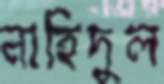
নাহিদুল